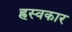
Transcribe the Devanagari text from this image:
ह्रस्वकार